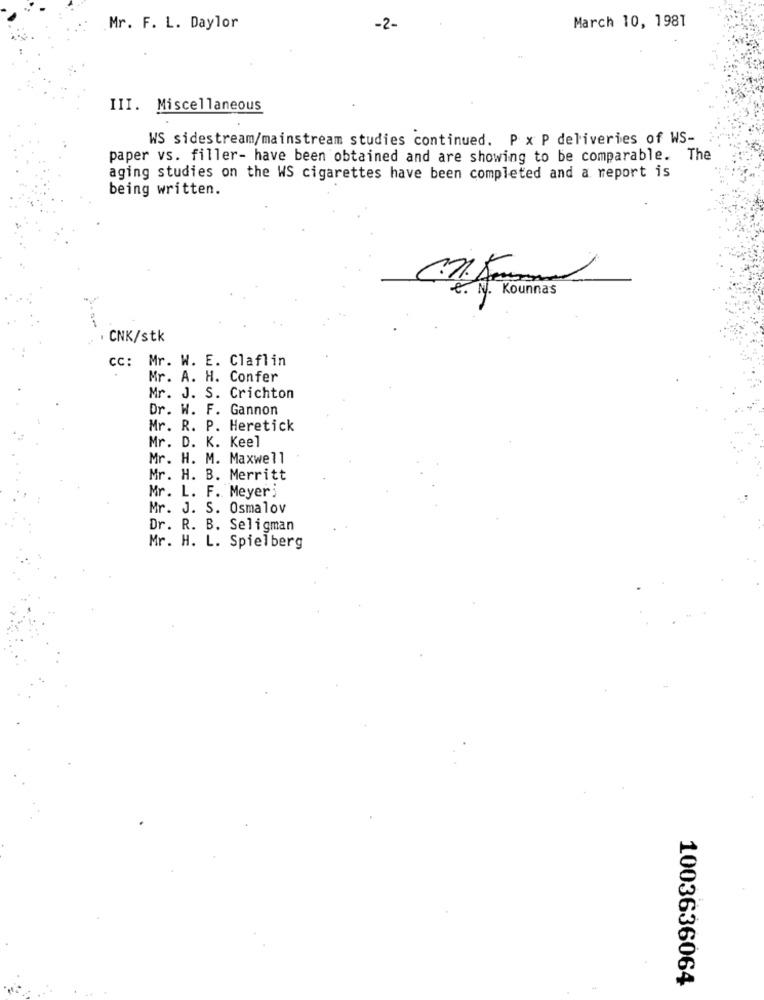
March 10, 1981
Mr. F. L. Daylor
-2-
III. Miscellaneous
WS sidestream/mainstream studies continued. P x P deliveries of WS-
paper vs. filler- have been obtained and are showing to be comparable. The
aging studies on the WS cigarettes have been completed and a report is
being written.
e. N. Kounnas
CNK/stk
cc: Mr. W. E. Claflin
Mr. A. H. Confer
Mr. J. S. Crichton
Dr. W. F. Gannon
Mr. R. P. Heretick
Mr. D. K. Keel
Mr. H. M. Maxwell
Mr. H. B. Merritt
Mr. L. F. Meyer;
Mr. J. S. Osmalov
Dr. R. B. Seligman
Mr. H. L. Spielberg
1003636064